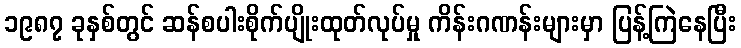
၁၉၈၇ ခုနှစ်တွင် ဆန်စပါးစိုက်ပျိုးထုတ်လုပ်မှု ကိန်းဂဏန်းများမှာ ပြန့်ကြဲနေပြီး